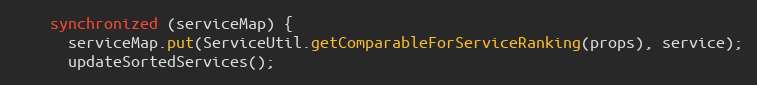
Language: Java
    synchronized (serviceMap) {
      serviceMap.put(ServiceUtil.getComparableForServiceRanking(props), service);
      updateSortedServices();